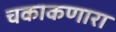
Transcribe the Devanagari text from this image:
चकाकणारा